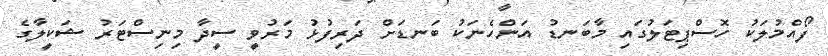
ފޯއްމުލަކު ހޮސްޕިޓަލުގައި މާބަނޑު އަންހެނަކު ބަނޑަށް ދަރިފުޅު މަރުވީ ސީދާ މިނިސްޓަރު ޝަކީލާގެ